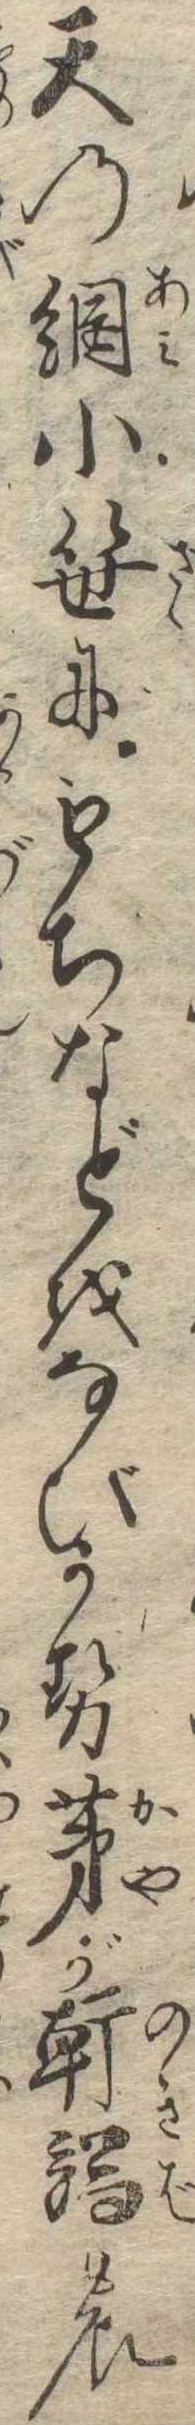
天の網小笹にもちなどをなびかせ茅が軒端の